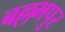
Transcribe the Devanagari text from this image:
बल्लभपुर